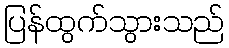
ပြန်ထွက်သွားသည်